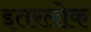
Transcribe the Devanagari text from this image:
इतरलोक